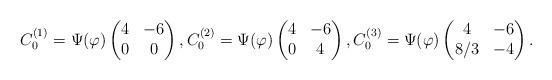
LaTeX: \begin{align*}C_{0}^{(1)} = \Psi(\varphi)\begin{pmatrix}4 & -6 \cr0 & 0\end{pmatrix},C_{0}^{(2)} = \Psi(\varphi)\begin{pmatrix}4 & -6 \cr0 & 4\end{pmatrix}, C_{0}^{(3)} = \Psi(\varphi)\begin{pmatrix}4 & -6 \cr8/3 & -4\end{pmatrix}.\end{align*}